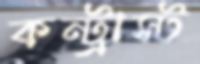
কন্ট্রাস্ট